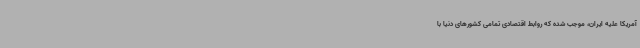
آمریکا علیه ایران، موجب شده که روابط اقتصادی تمامی کشورهای دنیا با